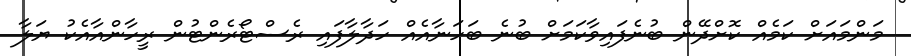
މަންމައަށް ކަމެއް ކޮށްދޭން ބުނެފައިވާކަމަށް ބުނެ ބަހަނާއެއް ހަދާލާފައި ރެސްޓޯރެންޓުން ރީހާންއާއެކު ޔަލާ